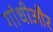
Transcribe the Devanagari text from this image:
गांधीऔर